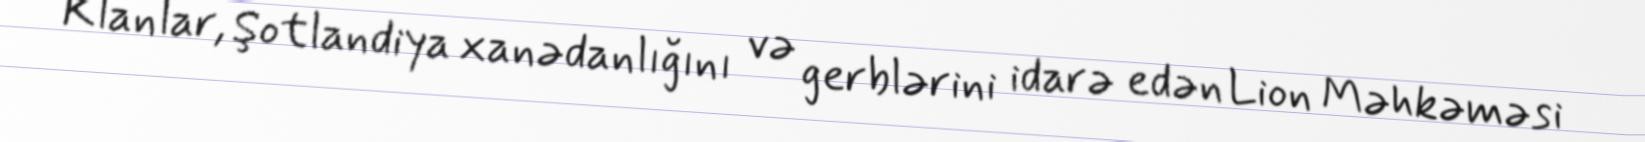
Klanlar, Şotlandiya xanədanlığını və gerblərini idarə edən Lion Məhkəməsi